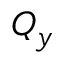
Q _ { y }